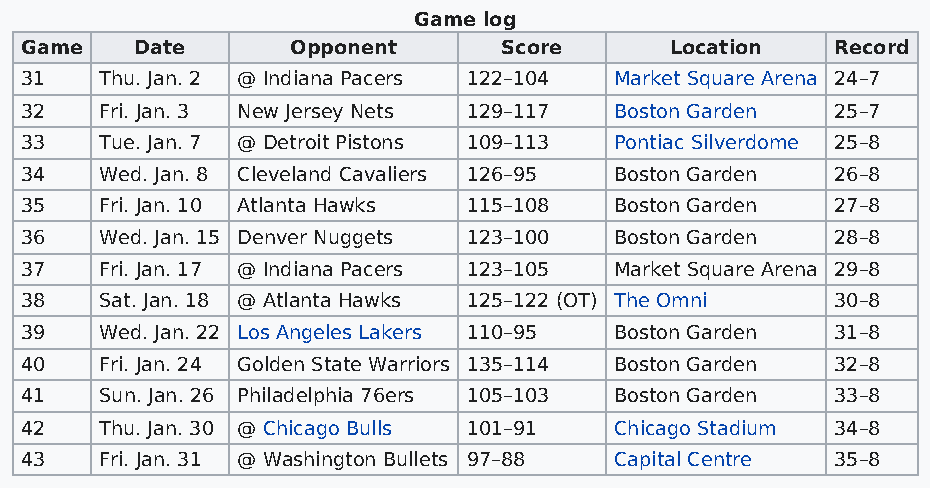
Game log
 Game    Date      Opponent      Score      Location   Record
 31    Thu. Jan. 2 @ Indiana Pacers 122–104 Market Square Arena 24–7
 32    Fri. Jan. 3 New Jersey Nets 129–117 Boston Garden 25–7
 33    Tue. Jan. 7 @ Detroit Pistons 109–113 Pontiac Silverdome 25–8
 34    Wed. Jan. 8 Cleveland Cavaliers 126–95 Boston Garden 26–8
 35    Fri. Jan. 10 Atlanta Hawks 115–108 Boston Garden 27–8
 36    Wed. Jan. 15 Denver Nuggets 123–100 Boston Garden 28–8
 37    Fri. Jan. 17 @ Indiana Pacers 123–105 Market Square Arena 29–8
 38    Sat. Jan. 18 @ Atlanta Hawks 125–122 (OT) The Omni 30–8
 39    Wed. Jan. 22 Los Angeles Lakers 110–95 Boston Garden 31–8
 40    Fri. Jan. 24 Golden State Warriors 135–114 Boston Garden 32–8
 41    Sun. Jan. 26 Philadelphia 76ers 105–103 Boston Garden 33–8
 42    Thu. Jan. 30 @ Chicago Bulls 101–91 Chicago Stadium 34–8
 43    Fri. Jan. 31 @ Washington Bullets 97–88 Capital Centre 35–8